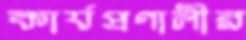
কার্যপ্রণালীর